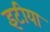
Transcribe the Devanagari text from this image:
इटीया